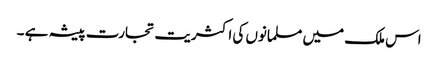
اس ملک میں مسلمانوں کی اکثریت تجارت پیشہ ہے ۔